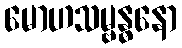
မောဟသမ္ဗန္ဓနော